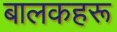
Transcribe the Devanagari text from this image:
बालकहरू